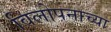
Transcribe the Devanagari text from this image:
विलोपनाच्या